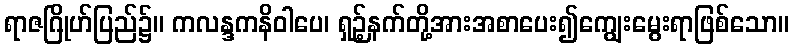
ရာဇဂြိုဟ်ပြည်၌။ ကလန္ဒကနိဝါပေ၊ ရှဉ့်နက်တို့အားအစာပေး၍ကျွေးမွေးရာဖြစ်သော။